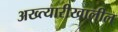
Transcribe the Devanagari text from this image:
अख्त्यारीखालील